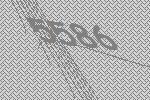
5586